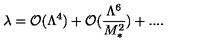
\lambda = { \cal O } ( \Lambda ^ { 4 } ) + { \cal O } ( \frac { \Lambda ^ { 6 } } { M _ { * } ^ { 2 } } ) + . . . .